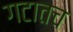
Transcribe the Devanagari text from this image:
गटातच